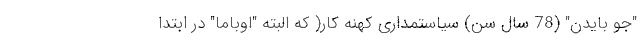
"جو بایدن" (78 سال سن) سیاستمداری کهنه کار( که البته "اوباما" در ابتدا